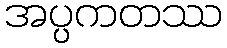
အပ္ပကတဿ